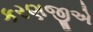
કરણજીએ